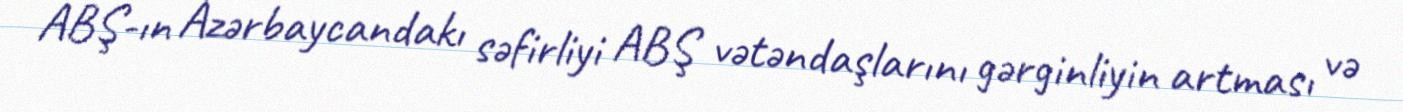
ABŞ-ın Azərbaycandakı səfirliyi ABŞ vətəndaşlarını gərginliyin artması və